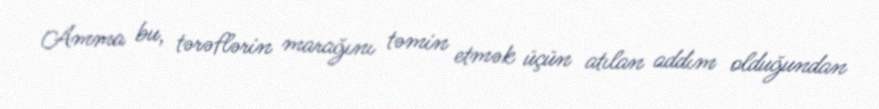
Amma bu, tərəflərin marağını təmin etmək üçün atılan addım olduğundan